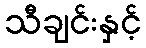
သီချင်းနှင့်